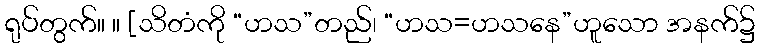
ရုပ်တွက်။ ။ [သိတံကို “ဟသ”တည်၊ “ဟသ=ဟသနေ”ဟူသော အနက်၌